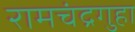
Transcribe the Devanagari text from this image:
रामचंद्रगुहा